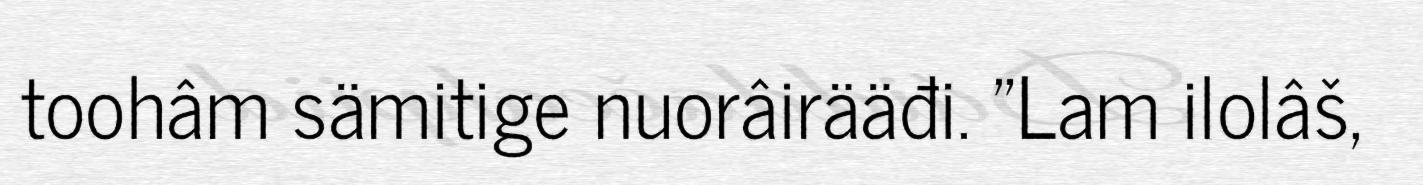
toohâm sämitige nuorâirääđi. "Lam ilolâš,